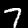
Label: 7